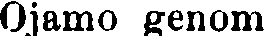
Ojamo genom